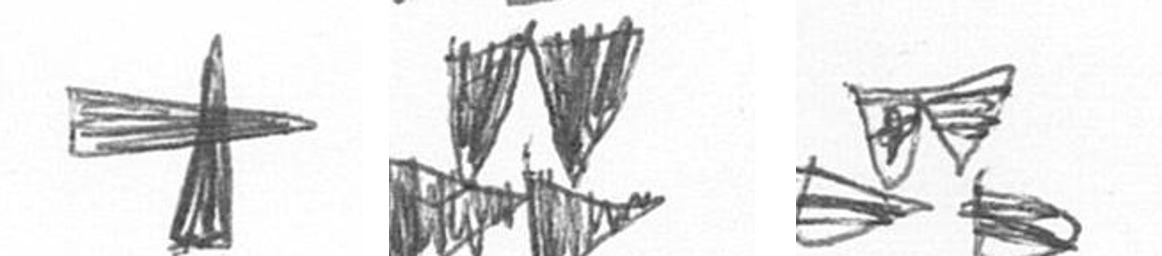
G B B